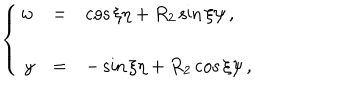
LaTeX: \left\{ \begin{array} { r c l } { { w } } & { { = } } & { { \cos { \xi } \eta + R _ { 2 } \sin { \xi } \psi \, , } } \\ { { } } & { { } } & { { } } \\ { { y } } & { { = } } & { { - \sin { \xi } \eta + R _ { 2 } \cos { \xi } \psi \, , } } \\ \end{array} \right.